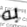
به